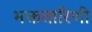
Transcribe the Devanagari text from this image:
भक्ततारिणी